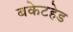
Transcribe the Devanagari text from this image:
बकेटहेड